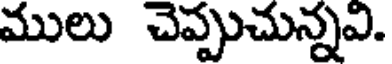
ములు చెప్పుచున్నవి.